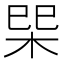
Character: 𭩿